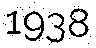
1938